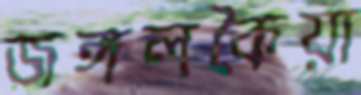
জঙ্গলকৈয়া